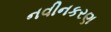
નવીનકરણ